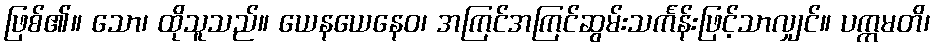
ဖြစ်၏။ သော၊ ထိုသူသည်။ ယေနယေနေဝ၊ အကြင်အကြင်ဆွမ်းသင်္ကန်းဖြင့်သာလျှင်။ ပက္ကမတိ၊